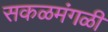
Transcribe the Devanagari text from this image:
सकळमंगळी